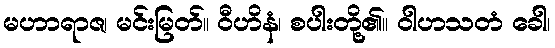
မဟာရာဇ၊ မင်းမြတ်။ ဝီဟိနံ၊ စပါးတို့၏။ ဝါဟသတံ ခေါ၊